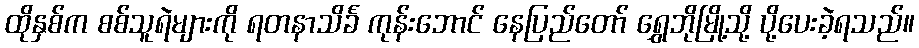
ထိုနှစ်က စစ်သူရဲများကို ရတနာသိင်္ခ ကုန်းဘောင် နေပြည်တော် ရွှေဘိုမြို့သို့ ပို့ပေးခဲ့ရသည်။